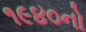
૧૯૪૦નો